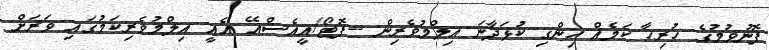
ފޮނުވުމުގެ ހުރިހާ ކަމެއް ހިންގި ކުޅަދާނަ އިލްމުވެރިން --ފޮޓޯ/އީއެސްއޭ އެއީ އިލްމުވެރިކަމުގައި ވަރަށް